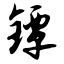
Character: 镡